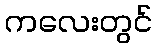
ကလေးတွင်